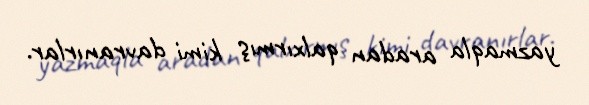
yazmaqla aradan qalxırmış kimi davranırlar.